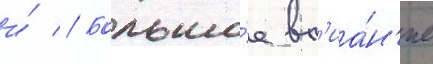
и́ // Большо́е вл'иа́н'ие